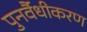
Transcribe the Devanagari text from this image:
पुनर्वैधीकरण